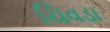
ચિવડા